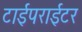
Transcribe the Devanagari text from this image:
टाईपराईटर